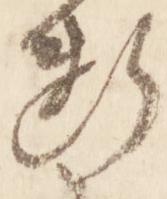
断